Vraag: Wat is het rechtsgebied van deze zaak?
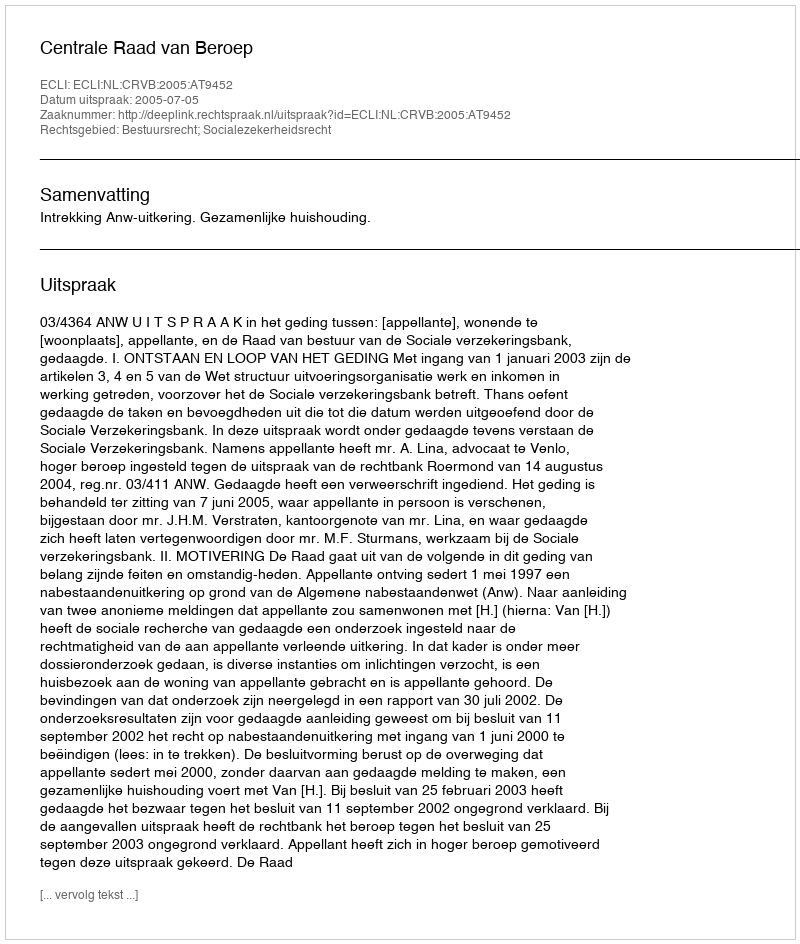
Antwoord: Bestuursrecht; Socialezekerheidsrecht